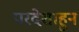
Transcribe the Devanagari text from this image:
परदेशाहुन